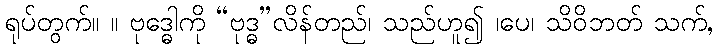
ရုပ်တွက်။ ။ ဗုဒ္ဓေါကို “ဗုဒ္ဓ”လိန်တည်၊ သည်ဟူ၍ ၊ပေ၊ သိဝိဘတ် သက်,